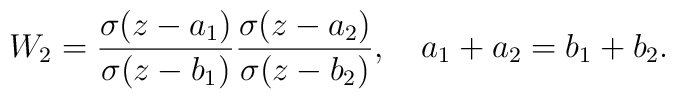
W_{2}=\frac{\sigma(z-a_{1})}{\sigma(z-b_{1})}\frac{\sigma(z-a_{2})}{\sigma(z-b_{2})}, \quad a_{1}+a_{2}=b_{1}+b_{2}.